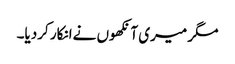
مگر میری آنکھوں نےانکار کردیا۔